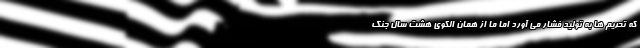
که تحریم ها به تولید فشار می آورد اما ما از همان الگوی هشت سال جنگ